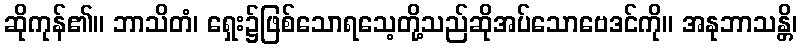
ဆိုကုန်၏။ ဘာသိတံ၊ ရှေး၌ဖြစ်သောရသေ့တို့သည်ဆိုအပ်သောဗေဒင်ကို။ အနုဘာသန္တိ၊